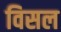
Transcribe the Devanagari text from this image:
विसल